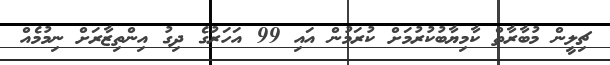
ޗިލީން މުބާރާތް ކާމިޔާބުކުރުމަށް ކުރަމުން އައި 99 އަހަރުގެ ދިގު އިންތިޒާރަށް ނިމުމެއް